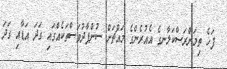
ފަހެ ތިމަންރަސްކަލާނގެ އެއުރެންގެ މައްޗަށް ސުންޕާދުވަސްތަކެއްގައި ގަދަ އަޑާއި ގަދަ